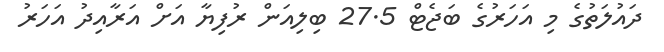
ދައުލަތުގެ މި އަހަރުގެ ބަޖެޓް 27.5 ބިލިއަން ރުފިޔާ އަށް އަރާއިދު އަހަރު